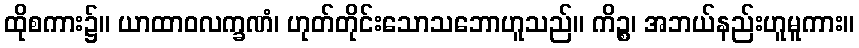
ထိုစကား၌။ ယာထာဝလက္ခဏံ၊ ဟုတ်တိုင်းသောသဘောဟူသည်။ ကိဉ္စ၊ အဘယ်နည်းဟူမူကား။